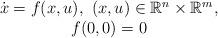
LaTeX: \begin{align*}\begin{array}{c}\dot{x}=f(x,u),\, \, (x,u)\in \mathbb{R}^{n}\times \mathbb{R}^{m},\\f(0,0)=0 \end{array}\end{align*}